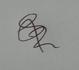
Signature authenticity: genuine